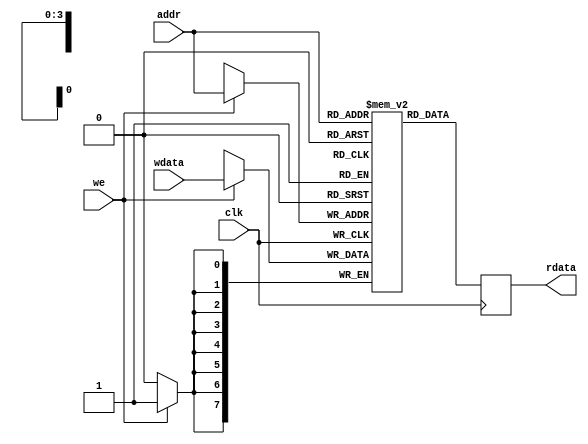
module fpga_ram8x16(
    input clk,
    input we,
    input [7:0] wdata,
    output [7:0] rdata,
    input[3:0] addr
);

    reg [7:0] ram[15:0];
    reg [7:0] rdata_reg;

    assign rdata = rdata_reg;
    
    always @(posedge clk)
        if(we) ram[addr] <= wdata;
    
        always @(posedge clk)
        rdata_reg <= ram[addr];

endmodule